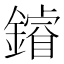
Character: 𨬴